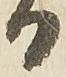
日